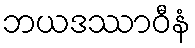
ဘယဒဿာဝီနံ